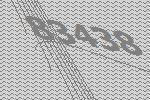
83438